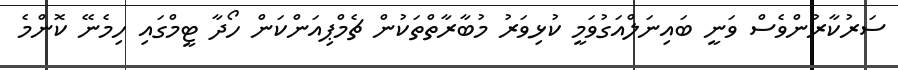
ސަރުކާރުންވެސް ވަނީ ބައިނަލްއަގުވަމީ ކުޅިވަރު މުބާރާތްތަކުން ޗެމްޕިއަންކަން ހޯދާ ޓީމްގައި ހިމެނޭ ކޮންމެ